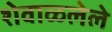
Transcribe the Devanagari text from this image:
शेवाळलेले